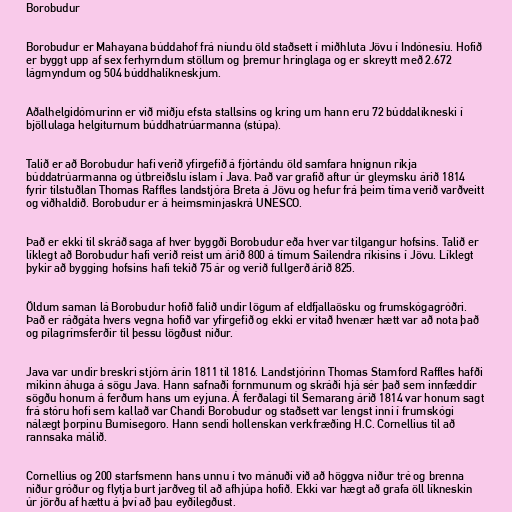
Borobudur

Borobudur er Mahayana búddahof frá níundu öld staðsett í miðhluta Jövu í Indónesíu. Hofið
er byggt upp af sex ferhyrndum stöllum og þremur hringlaga og er skreytt með 2.672
lágmyndum og 504 búddhalíkneskjum.

Aðalhelgidómurinn er við miðju efsta stallsins og kring um hann eru 72 búddalíkneski í
bjöllulaga helgiturnum búddhatrúarmanna (stúpa).

Talið er að Borobudur hafi verið yfirgefið á fjórtándu öld samfara hnignun ríkja
búddatrúarmanna og útbreiðslu íslam í Java. Það var grafið aftur úr gleymsku árið 1814
fyrir tilstuðlan Thomas Raffles landstjóra Breta á Jövu og hefur frá þeim tíma verið varðveitt
og viðhaldið. Borobudur er á heimsminjaskrá UNESCO.

Það er ekki til skráð saga af hver byggði Borobudur eða hver var tilgangur hofsins. Talið er
líklegt að Borobudur hafi verið reist um árið 800 á tímum Sailendra ríkisins í Jövu. Líklegt
þykir að bygging hofsins hafi tekið 75 ár og verið fullgerð árið 825.

Öldum saman lá Borobudur hofið falið undir lögum af eldfjallaösku og frumskógagróðri.
Það er ráðgáta hvers vegna hofið var yfirgefið og ekki er vitað hvenær hætt var að nota það
og pílagrímsferðir til þessu lögðust niður.

Java var undir breskri stjórn árin 1811 til 1816. Landstjórinn Thomas Stamford Raffles hafði
mikinn áhuga á sögu Java. Hann safnaði fornmunum og skráði hjá sér það sem innfæddir
sögðu honum á ferðum hans um eyjuna. Á ferðalagi til Semarang árið 1814 var honum sagt
frá stóru hofi sem kallað var Chandi Borobudur og staðsett var lengst inni í frumskógi
nálægt þorpinu Bumisegoro. Hann sendi hollenskan verkfræðing H.C. Cornellius til að
rannsaka málið.

Cornellius og 200 starfsmenn hans unnu í tvo mánuði við að höggva niður tré og brenna
niður gróður og flytja burt jarðveg til að afhjúpa hofið. Ekki var hægt að grafa öll líkneskin
úr jörðu af hættu á því að þau eyðilegðust.